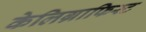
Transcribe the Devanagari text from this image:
केलिग्राफिस्ट